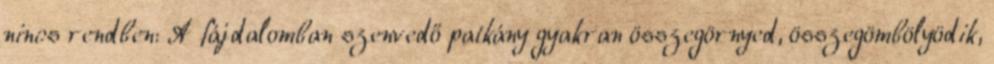
nincs rendben: A fájdalomban szenvedő patkány gyakran összegörnyed, összegömbölyödik,